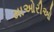
માઓરીઓ